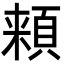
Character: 𩓋